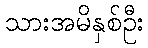
သားအမိနှစ်ဦး